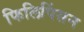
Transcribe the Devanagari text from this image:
फिलिपिंसन